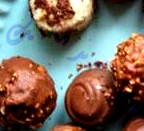
بأصدقائك